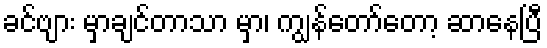
ခင်ဗျား မှာချင်တာသာ မှာ၊ ကျွန်တော်တော့ ဆာနေပြီ